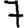
Digit: 7